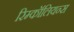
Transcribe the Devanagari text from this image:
रिम्कॉलियन्स